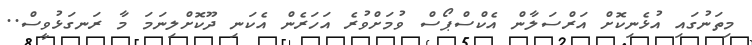
މިތަނުގައި އުޅެނިކޮށް އަރްސަލާން އެކްސްޕޯސް ވުމަށްވުރެ އަހަރެން އެކަނި ދޫކޮށްލިނަމަ މާ ރަނގަޅުވީސް..